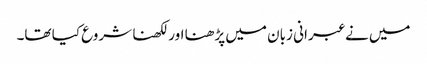
میں نے عبرانی زبان میں پڑھنا اور لکھنا شروع کیا تھا۔